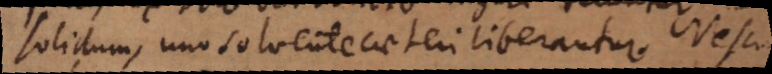
solidum, uno solvente caeteri liberantur. Nescio